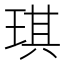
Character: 琪